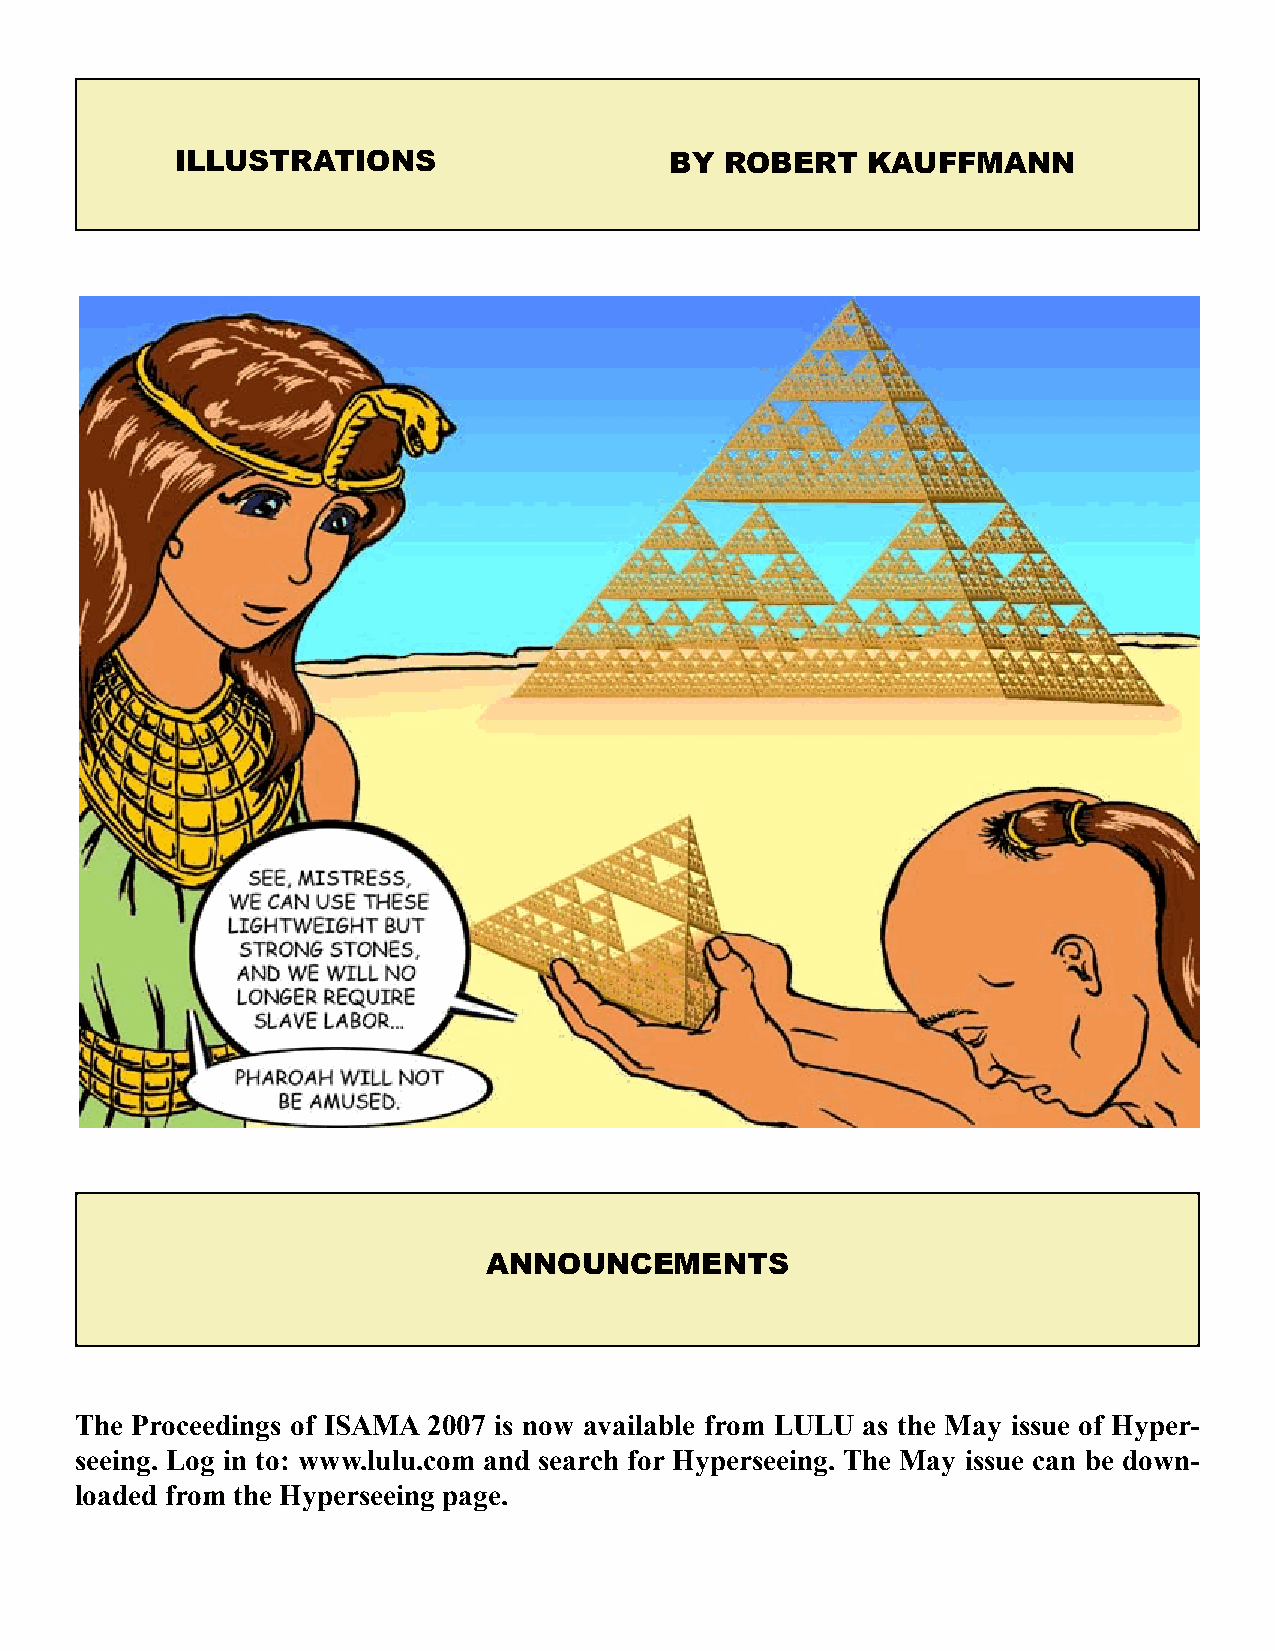
ILLUSTRATIONS                   BY  ROBERT   kAUFFMANN
 ANNOUNcEMENTS
 The Proceedings of ISAMA 2007 is now available from LULU as the May issue of Hyper-
 seeing. Log in to: www.lulu.com and search for Hyperseeing. The May issue can be down-
 loaded from the Hyperseeing page.